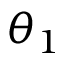
\theta _ { 1 }